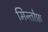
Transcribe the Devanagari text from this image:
मिन्तोफ़